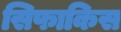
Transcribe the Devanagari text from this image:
सिफाकिस